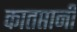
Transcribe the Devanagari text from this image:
कातप्तानी